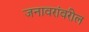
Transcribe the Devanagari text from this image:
जनावरांवरील